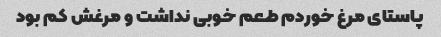
پاستای مرغ خوردم طعم خوبی نداشت و مرغش کم بود